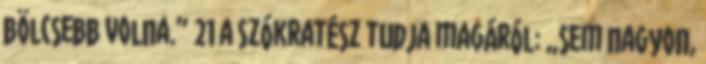
bölcsebb volna.” 21 a Szókratész tudja magáról: „sem nagyon,